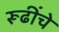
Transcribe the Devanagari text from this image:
रूढींचे